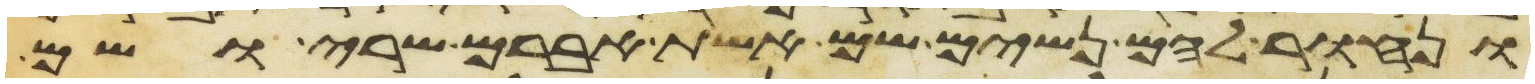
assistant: ונחור להם נשים שם אשת אברם שרי ושם